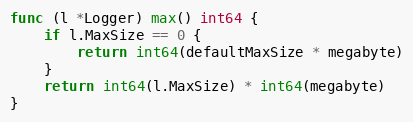
Language: Go
func (l *Logger) max() int64 {
	if l.MaxSize == 0 {
		return int64(defaultMaxSize * megabyte)
	}
	return int64(l.MaxSize) * int64(megabyte)
}